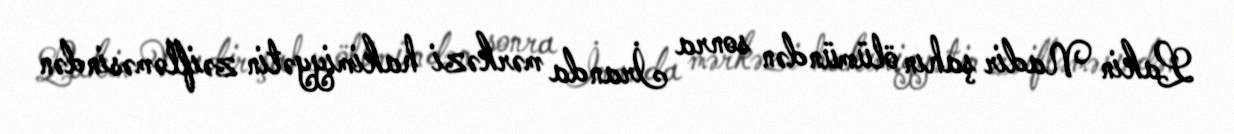
Lakin Nadir şahın ölümündən sonra İranda mərkəzi hakimiyyətin zəifləməsindən